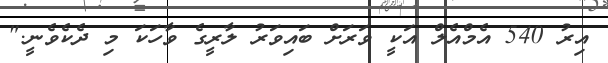
އިރު 540 އެމްއެލް އަކީ ވަރަށް ބައިވަރު ލާރީގެ ވާހަކަ މި ދެކެވެނީ."